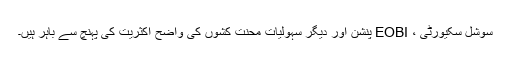
سوشل سکیورٹی ، EOBI پنشن اور دیگر سہولیات محنت کشوں کی واضح اکثریت کی پہنچ سے باہر ہیں۔